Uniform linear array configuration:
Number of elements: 64
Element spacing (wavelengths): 0.25
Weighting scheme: hamming
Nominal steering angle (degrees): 0
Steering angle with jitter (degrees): -1.53
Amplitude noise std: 0.05
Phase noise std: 0.05

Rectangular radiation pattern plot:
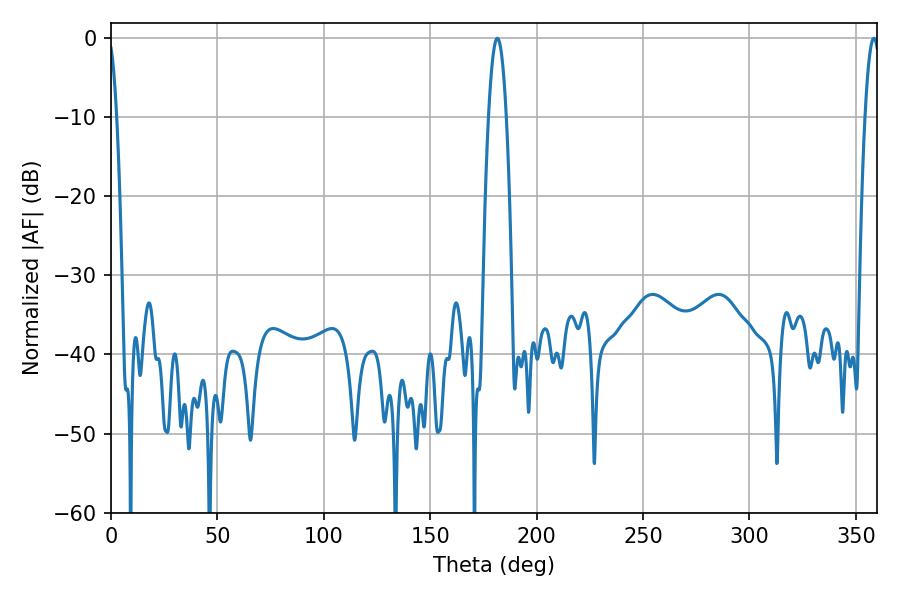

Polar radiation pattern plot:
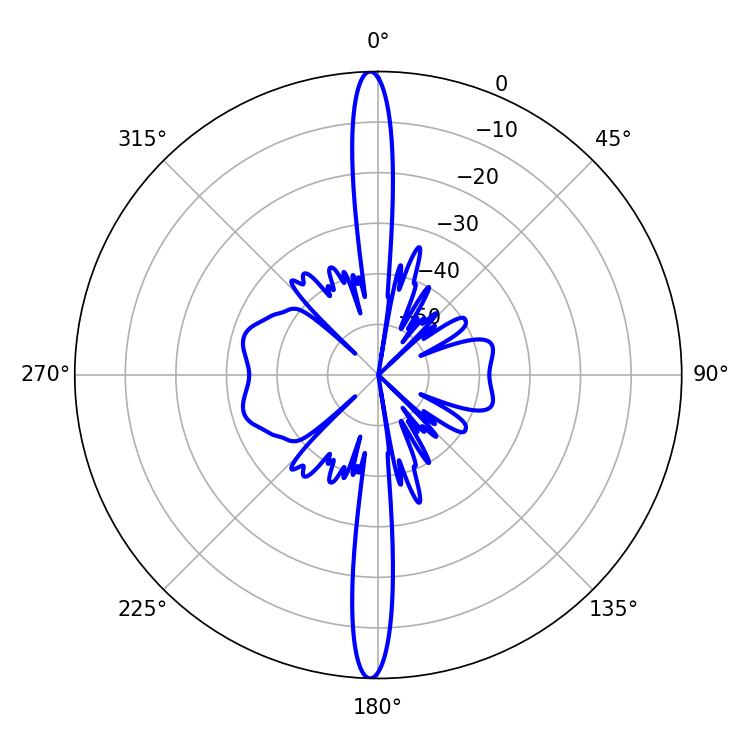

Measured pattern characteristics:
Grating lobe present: FALSE
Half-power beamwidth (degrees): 4.5
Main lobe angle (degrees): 181.62